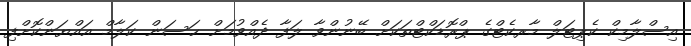
އިސްލާމިކް ކެޕިޓަލް މާރކެޓްގެ ޕްރޮޑަކްޓްތަކަށް ބޭނުންވާ ލަފާ ދެއްވުމަށް ޙަސަން ކަލާމް އައްޔަންކޮށްފި